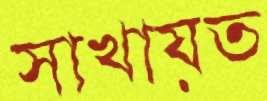
সাখায়ত